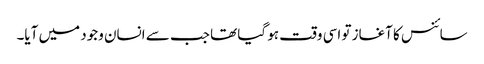
سائنس کا آغاز تو اسی وقت ہو گیا تھا جب سے انسان وجود میں آیا۔